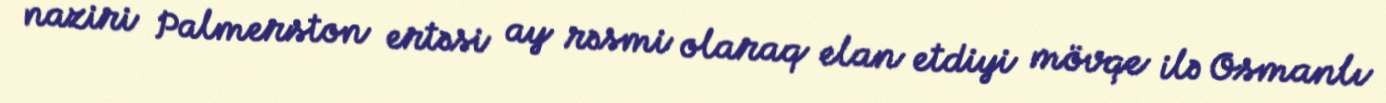
naziri Palmerston ertəsi ay rəsmi olaraq elan etdiyi mövqe ilə Osmanlı